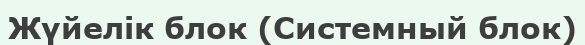
Жүйелік блок (Системный блок)